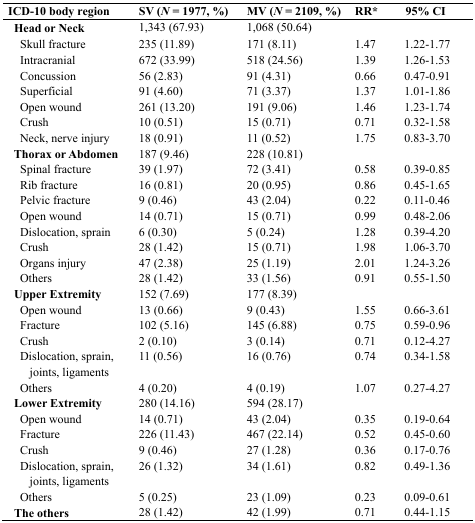
<table><thead><tr><td><b>ICD-10 body region</b></td><td><b>SV (<i>N</i> = 1977, %)</b></td><td><b>MV (<i>N</i> = 2109, %)</b></td><td><b>RR*</b></td><td><b>95% CI</b></td></tr></thead><tbody><tr><td><b>Head or Neck</b></td><td>1,343 (67.93)</td><td>1,068 (50.64)</td><td></td><td></td></tr><tr><td> Skull fracture</td><td>235 (11.89)</td><td>171 (8.11)</td><td>1.47</td><td>1.22-1.77</td></tr><tr><td> Intracranial</td><td>672 (33.99)</td><td>518 (24.56)</td><td>1.39</td><td>1.26-1.53</td></tr><tr><td> Concussion</td><td>56 (2.83)</td><td>91 (4.31)</td><td>0.66</td><td>0.47-0.91</td></tr><tr><td> Superficial</td><td>91 (4.60)</td><td>71 (3.37)</td><td>1.37</td><td>1.01-1.86</td></tr><tr><td> Open wound</td><td>261 (13.20)</td><td>191 (9.06)</td><td>1.46</td><td>1.23-1.74</td></tr><tr><td> Crush</td><td>10 (0.51)</td><td>15 (0.71)</td><td>0.71</td><td>0.32-1.58</td></tr><tr><td> Neck, nerve injury</td><td>18 (0.91)</td><td>11 (0.52)</td><td>1.75</td><td>0.83-3.70</td></tr><tr><td><b>Thorax or Abdomen</b></td><td>187 (9.46)</td><td>228 (10.81)</td><td></td><td></td></tr><tr><td> Spinal fracture</td><td>39 (1.97)</td><td>72 (3.41)</td><td>0.58</td><td>0.39-0.85</td></tr><tr><td> Rib fracture</td><td>16 (0.81)</td><td>20 (0.95)</td><td>0.86</td><td>0.45-1.65</td></tr><tr><td> Pelvic fracture</td><td>9 (0.46)</td><td>43 (2.04)</td><td>0.22</td><td>0.11-0.46</td></tr><tr><td> Open wound</td><td>14 (0.71)</td><td>15 (0.71)</td><td>0.99</td><td>0.48-2.06</td></tr><tr><td> Dislocation, sprain</td><td>6 (0.30)</td><td>5 (0.24)</td><td>1.28</td><td>0.39-4.20</td></tr><tr><td> Crush</td><td>28 (1.42)</td><td>15 (0.71)</td><td>1.98</td><td>1.06-3.70</td></tr><tr><td> Organs injury</td><td>47 (2.38)</td><td>25 (1.19)</td><td>2.01</td><td>1.24-3.26</td></tr><tr><td> Others</td><td>28 (1.42)</td><td>33 (1.56)</td><td>0.91</td><td>0.55-1.50</td></tr><tr><td><b>Upper Extremity</b></td><td>152 (7.69)</td><td>177 (8.39)</td><td></td><td></td></tr><tr><td> Open wound</td><td>13 (0.66)</td><td>9 (0.43)</td><td>1.55</td><td>0.66-3.61</td></tr><tr><td> Fracture</td><td>102 (5.16)</td><td>145 (6.88)</td><td>0.75</td><td>0.59-0.96</td></tr><tr><td> Crush</td><td>2 (0.10)</td><td>3 (0.14)</td><td>0.71</td><td>0.12-4.27</td></tr><tr><td> Dislocation, sprain, joints, ligaments</td><td>11 (0.56)</td><td>16 (0.76)</td><td>0.74</td><td>0.34-1.58</td></tr><tr><td> Others</td><td>4 (0.20)</td><td>4 (0.19)</td><td>1.07</td><td>0.27-4.27</td></tr><tr><td><b>Lower Extremity</b></td><td>280 (14.16)</td><td>594 (28.17)</td><td></td><td></td></tr><tr><td> Open wound</td><td>14 (0.71)</td><td>43 (2.04)</td><td>0.35</td><td>0.19-0.64</td></tr><tr><td> Fracture</td><td>226 (11.43)</td><td>467 (22.14)</td><td>0.52</td><td>0.45-0.60</td></tr><tr><td> Crush</td><td>9 (0.46)</td><td>27 (1.28)</td><td>0.36</td><td>0.17-0.76</td></tr><tr><td> Dislocation, sprain, joints, ligaments</td><td>26 (1.32)</td><td>34 (1.61)</td><td>0.82</td><td>0.49-1.36</td></tr><tr><td> Others</td><td>5 (0.25)</td><td>23 (1.09)</td><td>0.23</td><td>0.09-0.61</td></tr><tr><td><b>The others</b></td><td>28 (1.42)</td><td>42 (1.99)</td><td>0.71</td><td>0.44-1.15</td></tr></tbody></table>